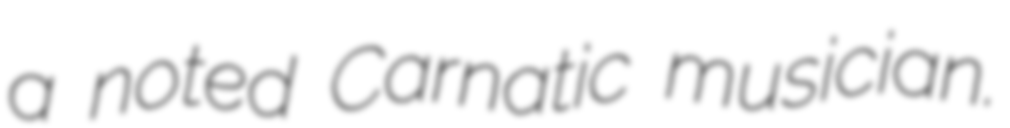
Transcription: a noted Carnatic musician.